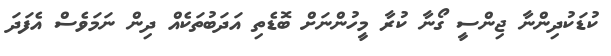
ކުޑަކުދިންނާ ޖިންސީ ގޯނާ ކުރާ މީހުންނަށް ބޮޑެތި އަދަބުތަކެއް ދިން ނަމަވެސް އެފަދަ